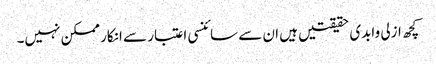
کچھ ازلی وابدی حقیقتیں ہیں ان سے سائنسی اعتبار سے انکار ممکن نہیں۔